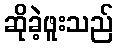
ဆိုခဲ့ဖူးသည်